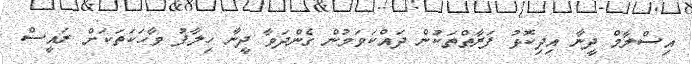
އިސްލާމް ދީނާ އިދިކޮޅު ފަރާތްތަކުން ދައްކަވަމުން ގެންދަވާ ދީނާ ހިލާފު ވާހަކަތަކަށް ރައީސް